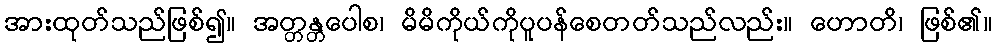
အားထုတ်သည်ဖြစ်၍။ အတ္တန္တပေါစ၊ မိမိကိုယ်ကိုပူပန်စေတတ်သည်လည်း။ ဟောတိ၊ ဖြစ်၏။